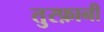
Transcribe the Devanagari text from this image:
तुरफ़ानी